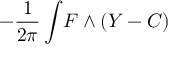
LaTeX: - { \frac { 1 } { 2 \pi } } \int \! F \wedge ( Y - C )